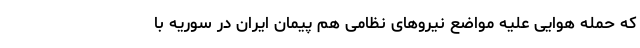
که حمله هوایی علیه مواضع نیرو‌های نظامی هم پیمان ایران در سوریه با